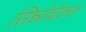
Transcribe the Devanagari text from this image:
सिन्नोवेक्स